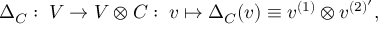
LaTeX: \Delta _ { C } : \; V \rightarrow V \otimes C : \; v \mapsto \Delta _ { C } ( v ) \equiv v ^ { ( 1 ) } \otimes v ^ { ( 2 ) ^ { \prime } } ,